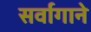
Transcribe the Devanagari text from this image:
सर्वागाने